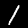
Digit: 1